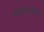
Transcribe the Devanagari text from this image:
स्मरणातील